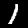
Digit: 1